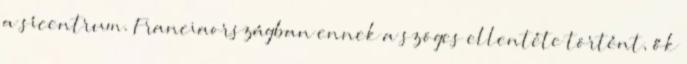
a sícentrum. Franciaországban ennek a szöges ellentéte történt, ők